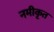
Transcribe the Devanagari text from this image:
नमीकृत